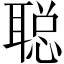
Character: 聪